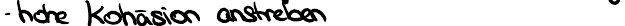
- hohe Kohäsion anstreben